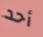
أحد